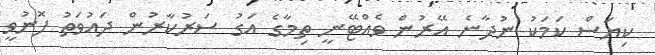
ކިޔަސް ކަމަކު ނުދާނެ އޭރުން ވެއްޓޭނީ ތިމާގެ އަގު ސަރުކާރުން ދައުވަތު ފޮނުވީ